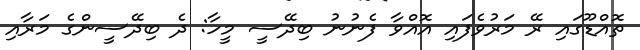
ތޮއްޑޫގައި ރޭ މަރުވެފައި އޮއްވާ ފެނުނު ބިދޭސީ މީހާ: ދެ ބިދޭސީންގެ މަރާއި